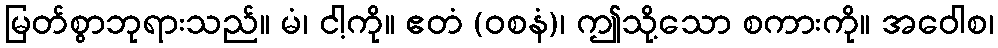
မြတ်စွာဘုရားသည်။ မံ၊ ငါ့ကို။ ဧတံ (ဝစနံ)၊ ဤသို့သော စကားကို။ အဝေါစ၊